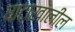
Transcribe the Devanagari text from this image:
घाटाखालील